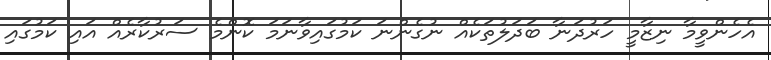
އެހެންވީމާ ނިޒާމީ ހަރުދަނާ ބަދަލުތަކެއް ނުގެންނަ ކަމުގައިވާނަމަ ކޮންމެ ސަރުކާރެއް އައި ކަމުގައި